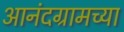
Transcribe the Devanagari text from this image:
आनंदग्रामच्या